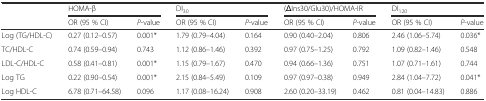
<table><thead><tr><td></td><td colspan="2"><b>HOMA-β</b></td><td colspan="2"><b>DI<sub>30</sub></b></td><td colspan="2"><b>(ΔIns30/Glu30)/HOMA-IR</b></td><td colspan="2"><b>DI<sub>120</sub></b></td></tr><tr><td></td><td><b>OR (95 % CI)</b></td><td><b><i>P</i>-value</b></td><td><b>OR (95 % CI)</b></td><td><b><i>P</i>-value</b></td><td><b>OR (95 % CI)</b></td><td><b><i>P</i>-value</b></td><td><b>OR (95 % CI)</b></td><td><b><i>P</i>-value</b></td></tr></thead><tbody><tr><td>Log (TG/HDL-C)</td><td>0.27 (0.12–0.57)</td><td>0.001*</td><td>1.79 (0.79–4.04)</td><td>0.164</td><td>0.90 (0.40–2.04)</td><td>0.806</td><td>2.46 (1.06–5.74)</td><td>0.036*</td></tr><tr><td>TC/HDL-C</td><td>0.74 (0.59–0.94)</td><td>0.743</td><td>1.12 (0.86–1.46)</td><td>0.392</td><td>0.97 (0.75–1.25)</td><td>0.792</td><td>1.09 (0.82–1.46)</td><td>0.548</td></tr><tr><td>LDL-C/HDL-C</td><td>0.58 (0.41–0.81)</td><td>0.001*</td><td>1.15 (0.79–1.67)</td><td>0.470</td><td>0.94 (0.66–1.36)</td><td>0.751</td><td>1.07 (0.71–1.61)</td><td>0.744</td></tr><tr><td>Log TG</td><td>0.22 (0.90–0.54)</td><td>0.001*</td><td>2.15 (0.84–5.49)</td><td>0.109</td><td>0.97 (0.97–0.38)</td><td>0.949</td><td>2.84 (1.04–7.72)</td><td>0.041*</td></tr><tr><td>Log HDL-C</td><td>6.78 (0.71–64.58)</td><td>0.096</td><td>1.17 (0.08–16.24)</td><td>0.908</td><td>2.60 (0.20–33.19)</td><td>0.462</td><td>0.81 (0.04–14.83)</td><td>0.886</td></tr></tbody></table>